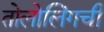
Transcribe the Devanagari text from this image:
तोलोलिंगची